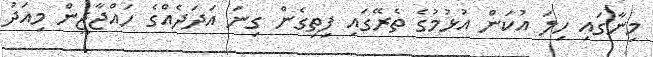
މިނާގައި ހިލަ އުކަން އުޅުމުގެ ތެރޭގައި ފިތިގެން ގިނަ އަދަދެއްގެ ހައްޖާޖީން މިއަދު